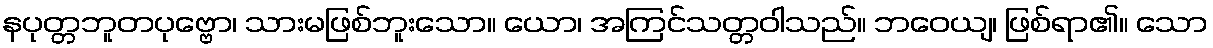
နပုတ္တဘူတပုဗ္ဗော၊ သားမဖြစ်ဘူးသော။ ယော၊ အကြင်သတ္တဝါသည်။ ဘဝေယျ၊ ဖြစ်ရာ၏။ သော